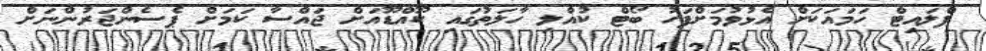
ފްލައިޓް ހަމައަކަށް އެޅުވުމަށްފަހު ބޯޓް ކުއްލި ހާލަތުގައި ކޫއްޑޫއަށް ޖައްސާ ކަމަށް ޕެސެންޖަރުންނަށް